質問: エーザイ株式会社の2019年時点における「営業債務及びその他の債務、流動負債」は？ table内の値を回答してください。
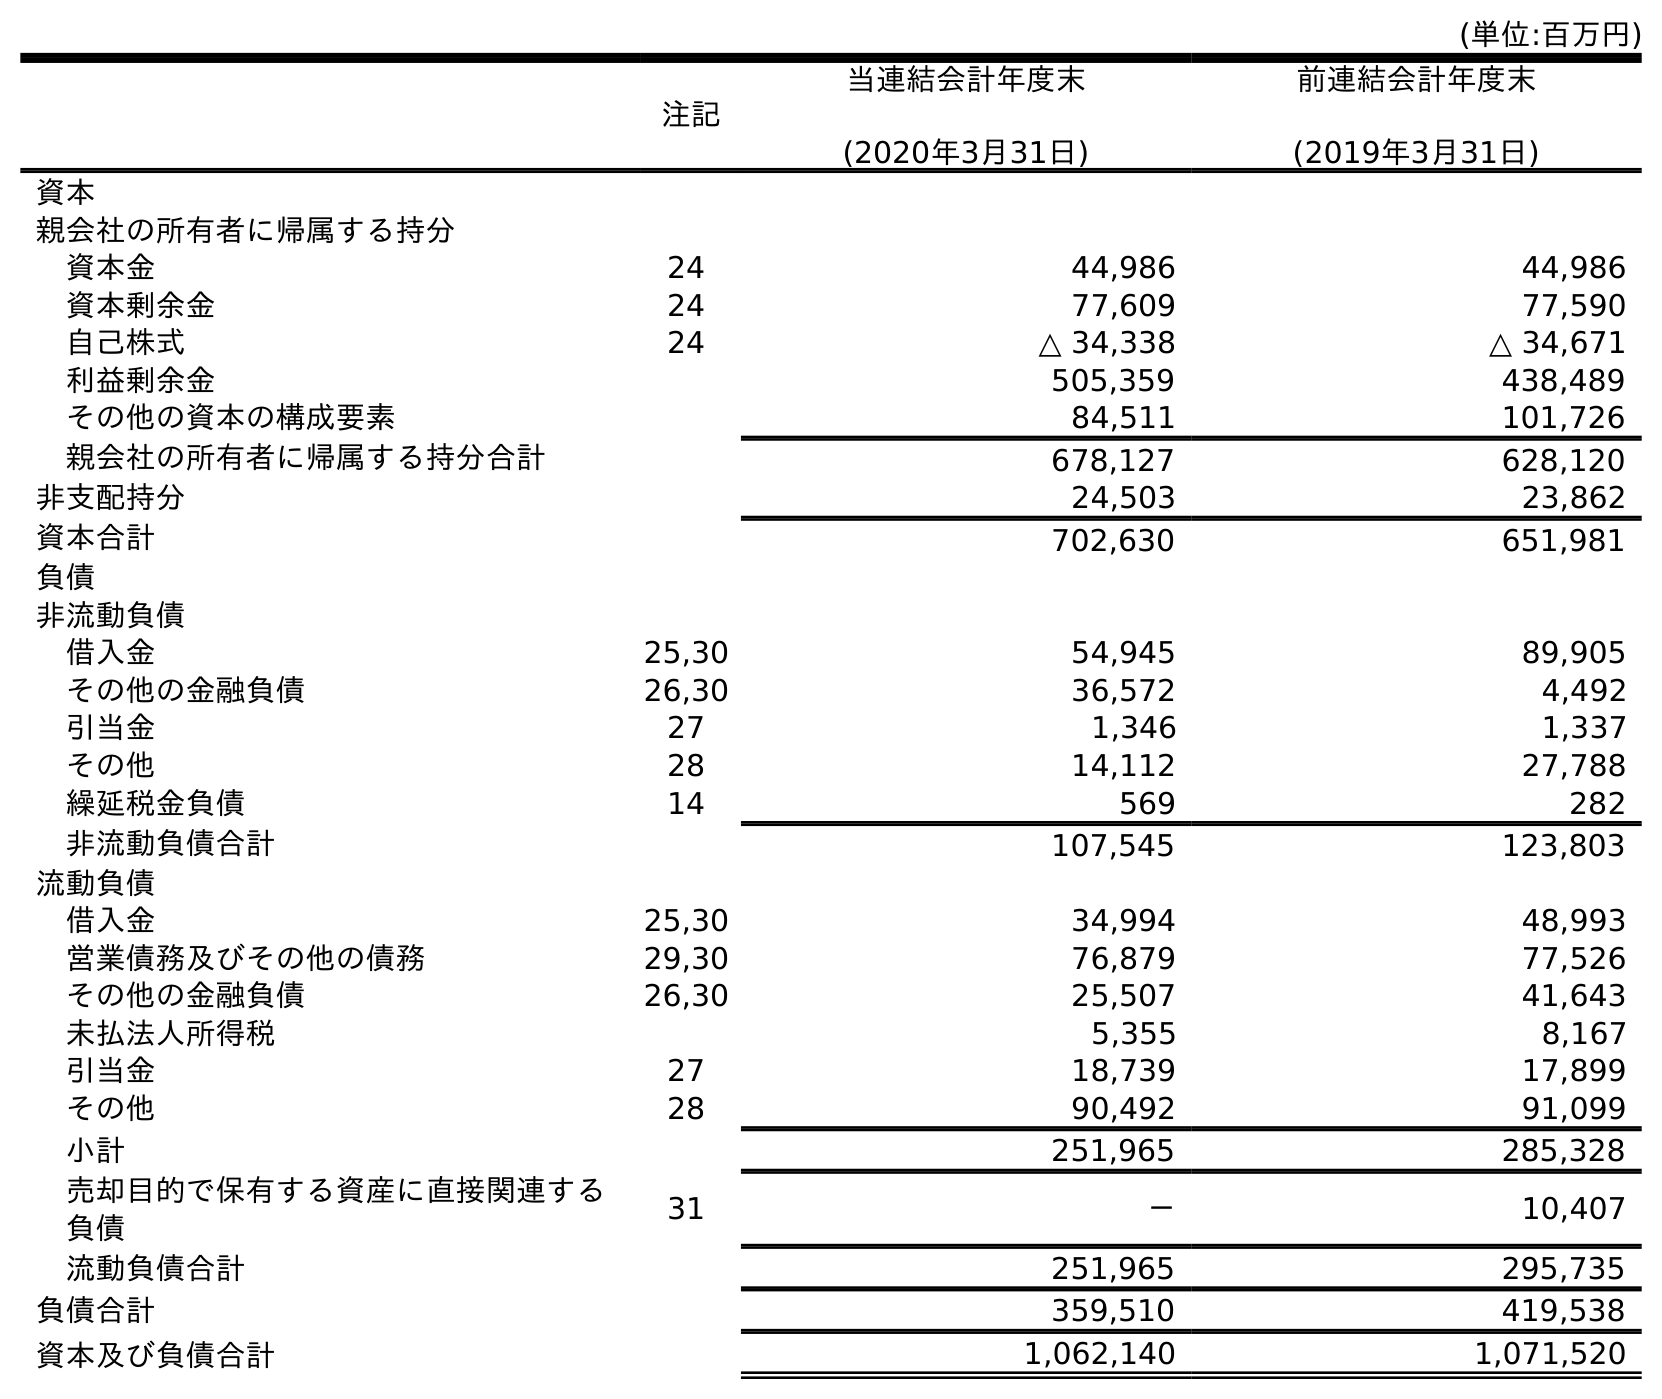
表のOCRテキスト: (単位:百万円) 注記 当連結会計年度末 (2020年3月31日) 前連結会計年度末 (2019年3月31日) 資本 親会社の所有者に帰属する持分 資本金 24 44,986 44,986 資本剰余金 24 77,609 77,590 自己株式 24 △ 34,338 △ 34,671 利益剰余金 505,359 438,489 その他の資本の構成要素 84,511 101,726 親会社の所有者に帰属する持分合計 678,127 628,120 非支配持分 24,503 23,862 資本合計 702,630 651,981 負債 非流動負債 借入金 25,30 54,945 89,905 その他の金融負債 26,30 36,572 4,492 引当金 27 1,346 1,337 その他 28 14,112 27,788 繰延税金負債 14 569 282 非流動負債合計 107,545 123,803 流動負債 借入金 25,30 34,994 48,993 営業債務及びその他の債務 29,30 76,879 77,526 その他の金融負債 26,30 25,507 41,643 未払法人所得税 5,355 8,167 引当金 27 18,739 17,899 その他 28 90,492 91,099 小計 251,965 285,328 売却目的で保有する資産に直接関連する 負債 31 － 10,407 流動負債合計 251,965 295,735 負債合計 359,510 419,538 資本及び負債合計 1,062,140 1,071,520
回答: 77,526